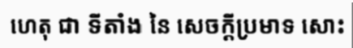
ហេតុ ជា ទីតាំង នៃ សេចក្តីប្រមាទ សោះ